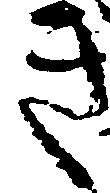
き